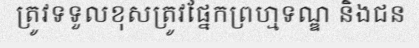
ត្រូវទទួលខុសត្រូវផ្នែកព្រហ្មទណ្ឌ និងជន